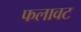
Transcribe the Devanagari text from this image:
फलावट